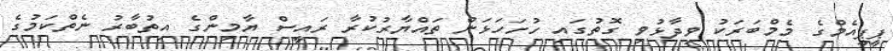
ޕީޕީއެމްގެ މެމްބަރަކު ވިދާޅުވި ގޮތުގައި ހުށަހަޅަން ތައްޔާރުކުރާ ރައީސް ޔާމިންގެ އިތުބާރު ނެތްކަމުގެ